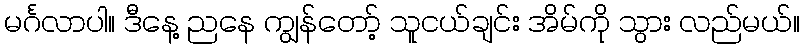
မင်္ဂလာပါ။ ဒီနေ့ ညနေ ကျွန်တော့် သူငယ်ချင်း အိမ်ကို သွား လည်မယ်။